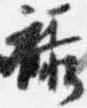
禄